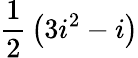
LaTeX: {\frac{1}{2}}\left(3i^{2}-i\right)